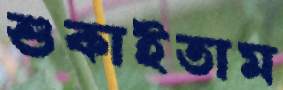
শুকাইতাম